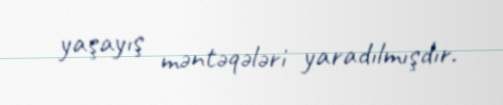
yaşayış məntəqələri yaradılmışdır.